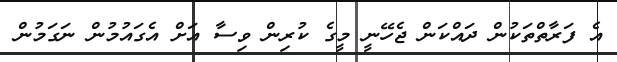
އެ ފަރާތްތަކުން ދައްކަން ޖެހޭނީ މީގެ ކުރިން ވިސާ އަށް އެގައުމުން ނަގަމުން